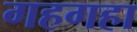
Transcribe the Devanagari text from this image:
गहगहा